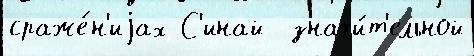
сраже́н'иjах С'инай  значи́т'ельной